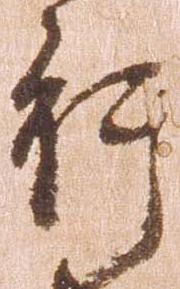
行